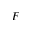
F